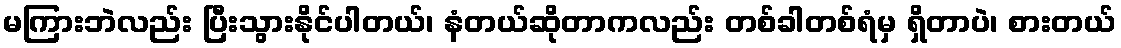
မကြားဘဲလည်း ပြီးသွားနိုင်ပါတယ်၊ နံတယ်ဆိုတာကလည်း တစ်ခါတစ်ရံမှ ရှိတာပဲ၊ စားတယ်